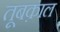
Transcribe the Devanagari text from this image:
तूबक़ाल